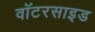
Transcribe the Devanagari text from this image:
वॉटरसाइड